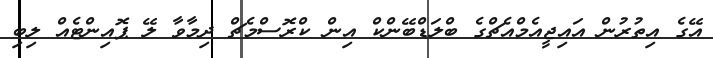
އޭގެ އިތުރުން އައިޖީއެމްއެޗްގެ ބްލަޑްބޭންކް އިން ކްރޮސްމެޗް ދިމާވާ ލޭ ޕޮއިންޓެއް ލިބި